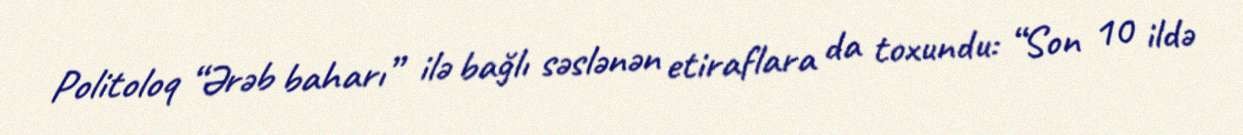
Politoloq “Ərəb baharı” ilə bağlı səslənən etiraflara da toxundu: “Son 10 ildə